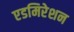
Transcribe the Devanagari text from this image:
एडमिरेशन